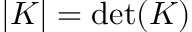
\left| K \right| = \operatorname* { d e t } ( K )